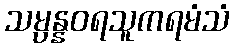
သမ္ပန္နဝရသူကရမံသံ